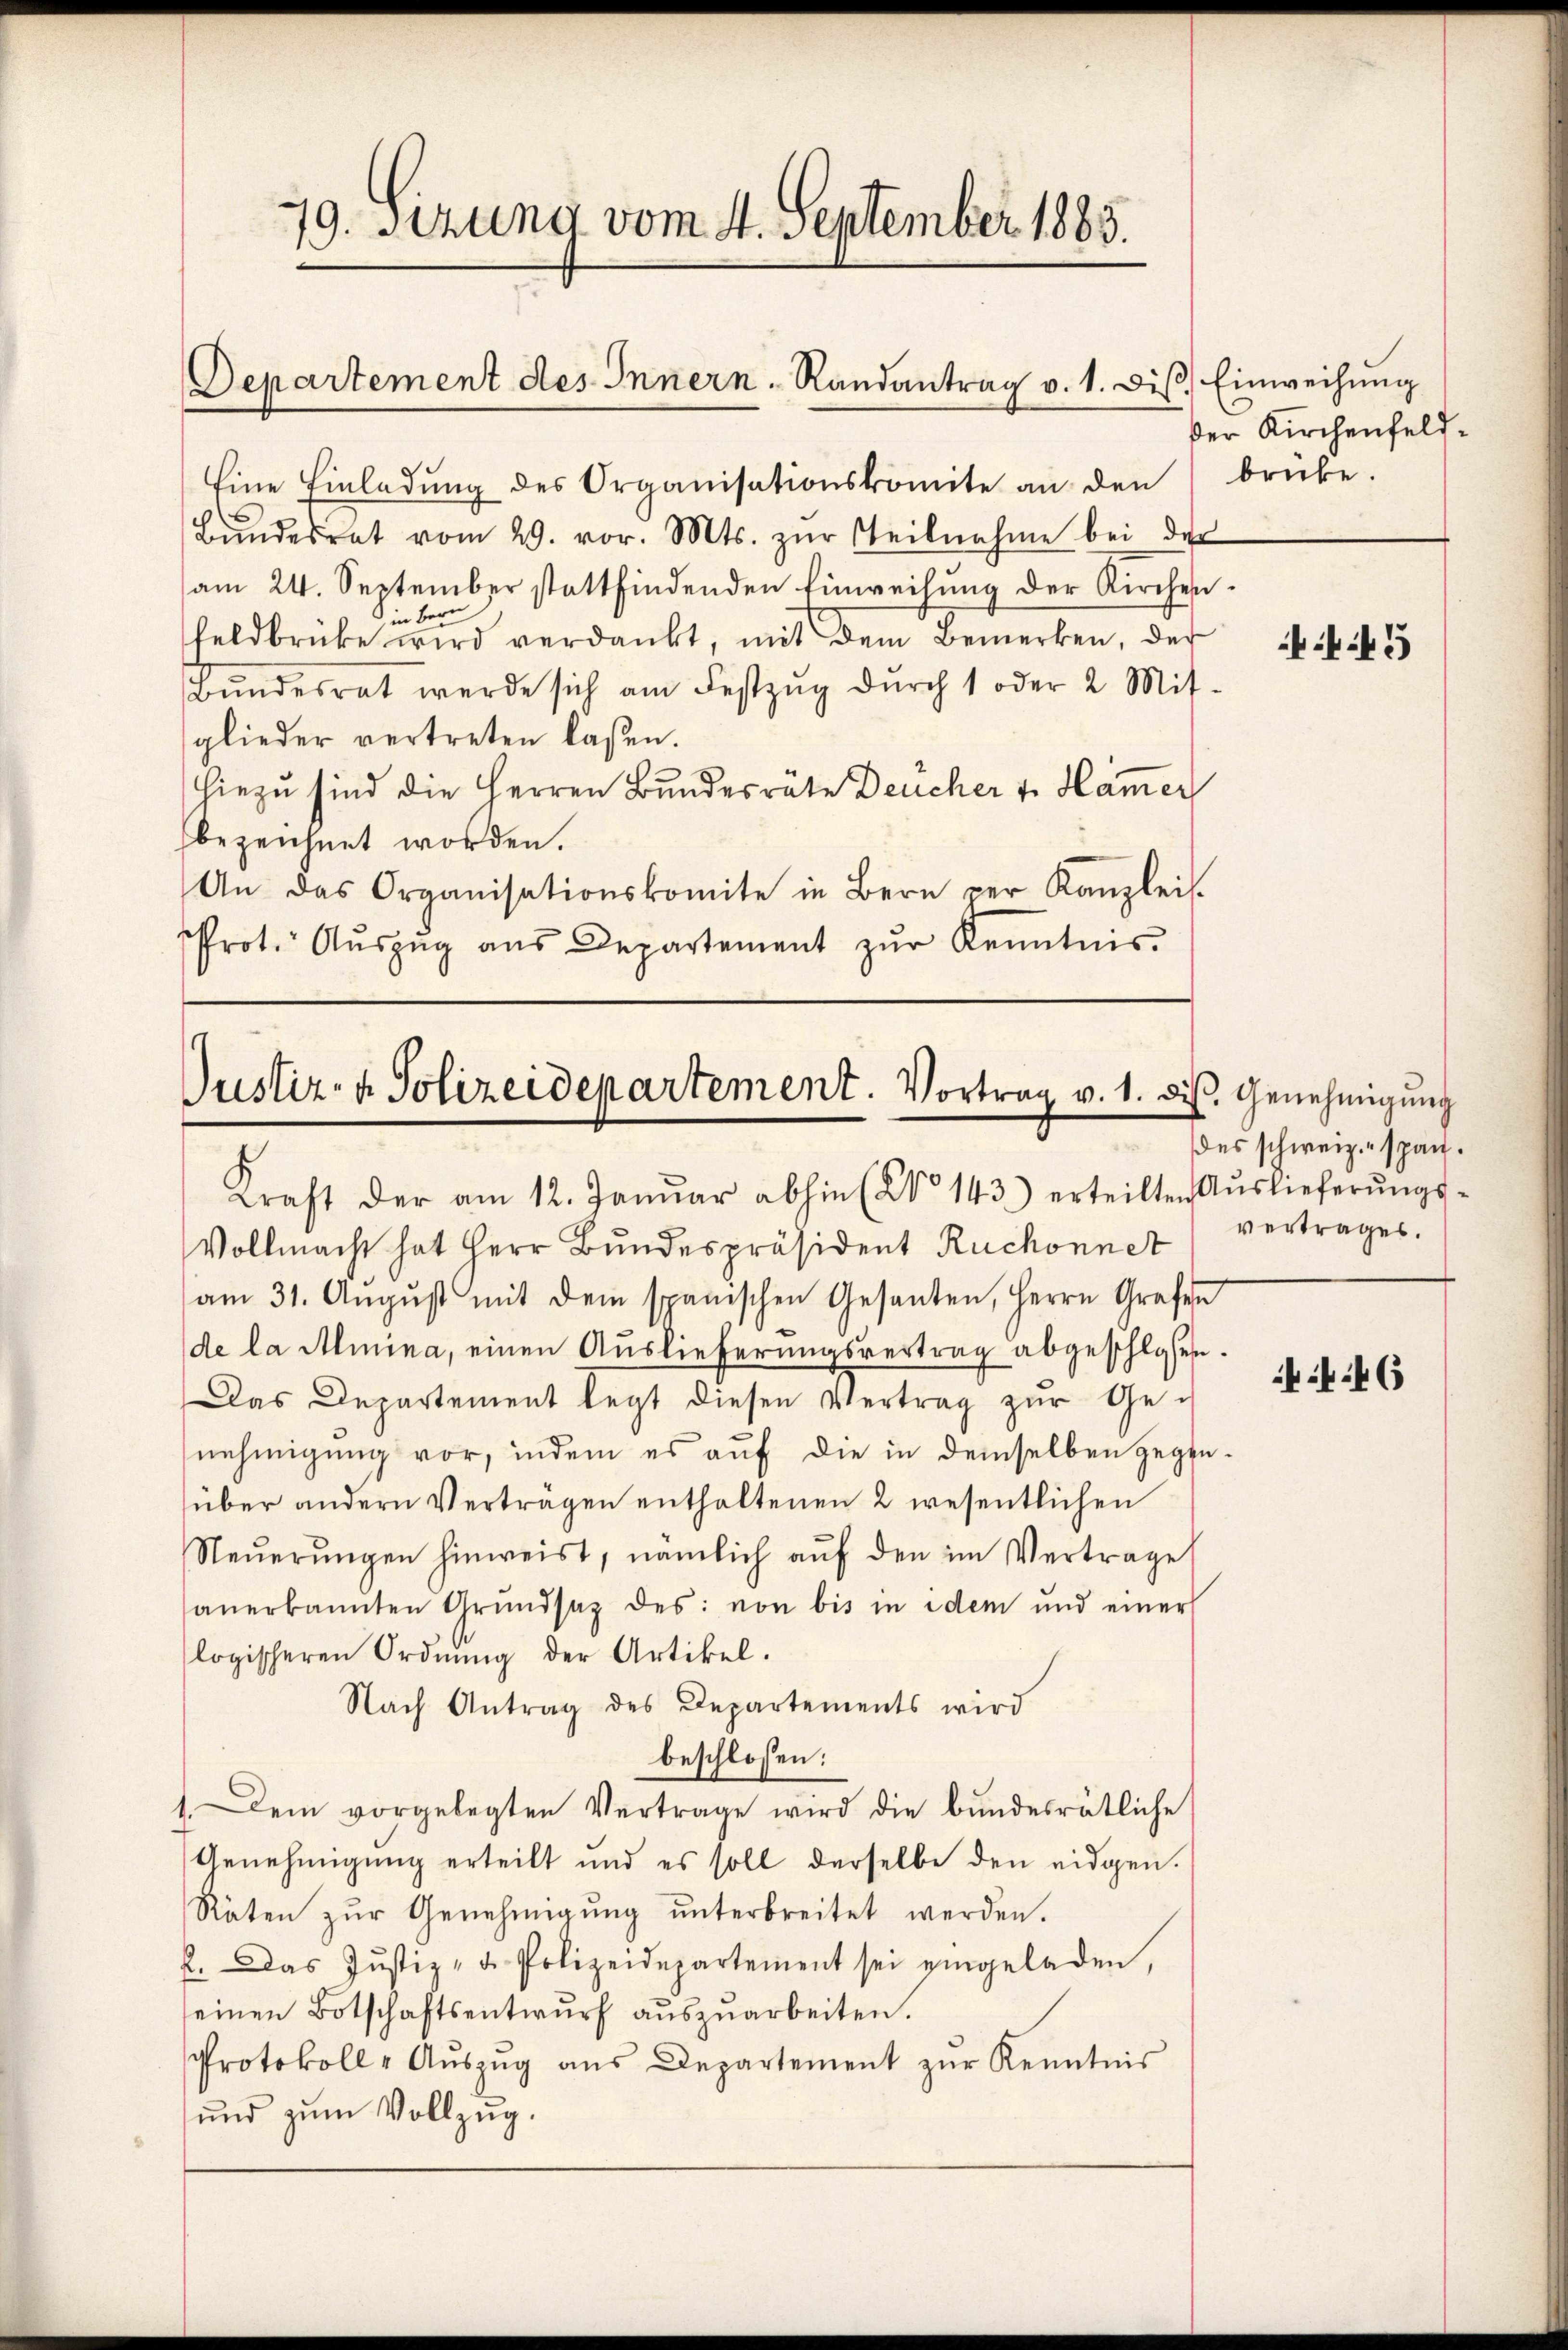
79. Sitzung vom 4. September 1883.

Departement des Innern. Randantrag v. 1. diβ Einweisung

Eine Einladŭng des Organisationskomite an den brücke.
Bŭndesrat vom 29. vor. Mts. zŭr Teilnahme bei der
am 24. September stattfindenden Einweisung der Kirchenin Bern
heldbrücke wird verdankt, mit dem Bemerken, der
Bŭndesrat werde sich am Festzŭg dŭrch 1 oder 2. Mit-
glieder vertreten laßen.
hiezu sind die Herren Bundesrate Deucher v. Häm̅er
bezeichnet worden.
An das Organisationskomite in Bern per Kanzlei-
rot. Aŭszŭg aŭs Departement zŭr Kenntnis-

Justiz- & Polizeidepartement. Vortrag v. 1. ds. Genehmigŭng
Kraft der am 12. Janŭar abhin (No 143.) erteilten Aŭslieferŭngs-

Vollmacht hat Herr Bŭndespräsident Ruchonnet vertrages.
am 31. Aŭgŭst mit dem spanischen Gesanten, Herrn Grafen
de la Almina, einen Auslieferungsvertrag abgeschlosen.
Das Departement legt diesen Vertrag zur Genehmigŭng vor, indem es aŭf die in demselben gegen-
über andern Verträgen enthaltenen 2 wesentlichen
Steŭerŭngen hinweist, nämlich aŭf den im Vertrage
anerkannten Grŭndsaz des von bis in idem und einer
logischeren Ordnung der Artikel.
Nach Antrag des Departements wird
beschlossen:
Dem vorgelegten Vertrage wird die bŭndesrätliche
Genehmigung erteilt und es soll derselbe den eidgen.
Räten zŭr Genehmigŭng ŭnterbreitet werden.
2. Das Justiz- u. Polizeidepartement sei eingeladen,
einen Botschaftsentwurf auszuarbeiten.
Protokoll - Aŭszŭg ans Departement zŭr Kenntnis
und zum Vollzug.

der Kirchenfeld¬

43

des schweiz. span.

6